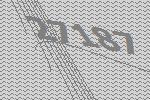
27187